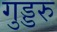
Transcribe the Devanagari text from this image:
गुड्डरु